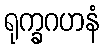
ရုက္ခဂဟနံ